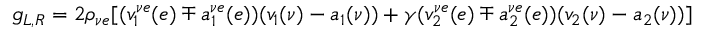
g _ { L , R } = 2 \rho _ { \nu e } [ ( v _ { 1 } ^ { \nu e } ( e ) \mp a _ { 1 } ^ { \nu e } ( e ) ) ( v _ { 1 } ( \nu ) - a _ { 1 } ( \nu ) ) + \gamma ( v _ { 2 } ^ { \nu e } ( e ) \mp a _ { 2 } ^ { \nu e } ( e ) ) ( v _ { 2 } ( \nu ) - a _ { 2 } ( \nu ) ) ]